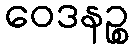
ဝေဒနဉ္စ